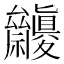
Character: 𥜷